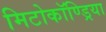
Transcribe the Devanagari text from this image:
मिटोकॉण्ड्रिया